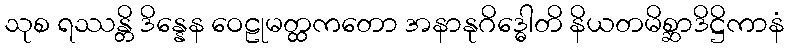
သုစ ရဿန္တိ ဒိန္နေန ဝေဠုမတ္ထကတော အနာနုဂိဒ္ဓေါတိ နိယတမိစ္ဆာဒိဋ္ဌိကာနံ